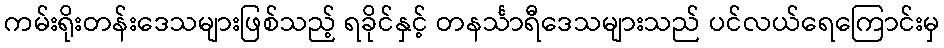
ကမ်းရိုးတန်းဒေသများဖြစ်သည့် ရခိုင်နှင့် တနင်္သာရီဒေသများသည် ပင်လယ်ရေကြောင်းမှ